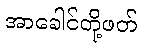
အာခေါင်တို့ဖတ်